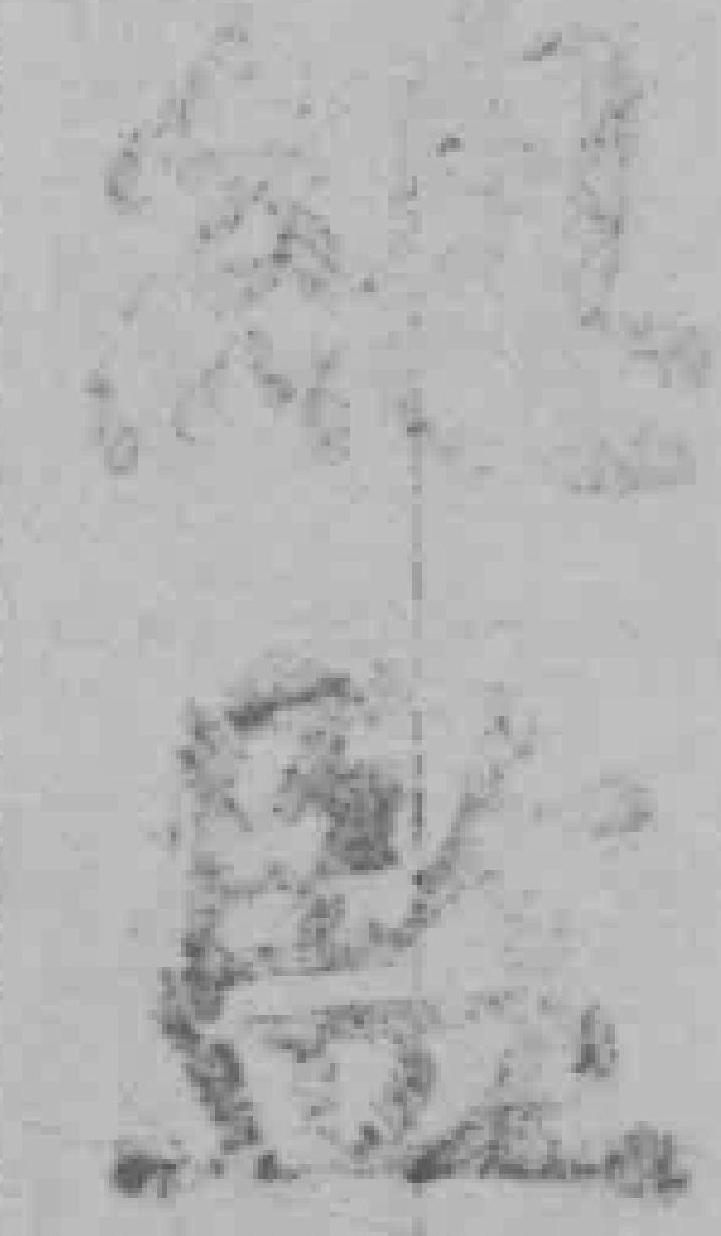
*監